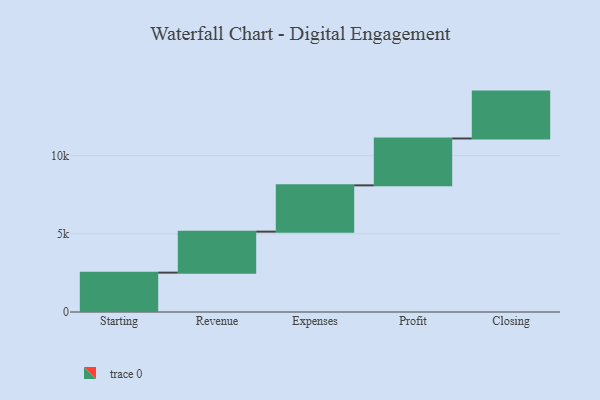
{"axis": {"x": "Step", "y": "Value"}, "legend": [""], "data": [{"x": "Starting", "y": 2519.0, "type": ""}, {"x": "Revenue", "y": 2623.0, "type": ""}, {"x": "Expenses", "y": 2963.0, "type": ""}, {"x": "Profit", "y": 3000, "type": ""}, {"x": "Closing", "y": 3000, "type": ""}]}